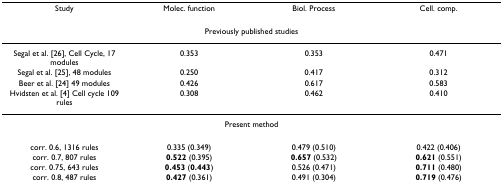
<table><thead><tr><td><b>Study</b></td><td><b>Molec. function</b></td><td><b>Biol. Process</b></td><td><b>Cell. comp.</b></td></tr></thead><tbody><tr><td colspan="4">Previously published studies</td></tr><tr><td>Segal et al. [26], Cell Cycle, 17 modules</td><td>0.353</td><td>0.353</td><td>0.471</td></tr><tr><td>Segal et al. [25], 48 modules</td><td>0.250</td><td>0.417</td><td>0.312</td></tr><tr><td>Beer et al. [24] 49 modules</td><td>0.426</td><td>0.617</td><td>0.583</td></tr><tr><td>Hvidsten et al. [4] Cell cycle 109 rules</td><td>0.308</td><td>0.462</td><td>0.410</td></tr><tr><td colspan="4">Present method</td></tr><tr><td>corr. 0.6, 1316 rules</td><td>0.335 (0.349)</td><td>0.479 (0.510)</td><td>0.422 (0.406)</td></tr><tr><td>corr. 0.7, 807 rules</td><td><b>0.522 </b>(0.395)</td><td><b>0.657 </b>(0.532)</td><td><b>0.621 </b>(0.551)</td></tr><tr><td>corr. 0.75, 643 rules</td><td><b>0.453 </b>(<b>0.443</b>)</td><td>0.526 (0.471)</td><td><b>0.711 </b>(0.480)</td></tr><tr><td>corr. 0.8, 487 rules</td><td><b>0.427 </b>(0.361)</td><td>0.491 (0.304)</td><td><b>0.719 </b>(0.476)</td></tr></tbody></table>